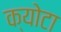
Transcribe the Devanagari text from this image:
क्योटा